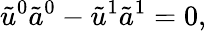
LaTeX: \tilde{u}^{0}\tilde{a}^{0}-\tilde{u}^{1}\tilde{a}^{1}=0,